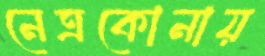
নেত্রকোনায়